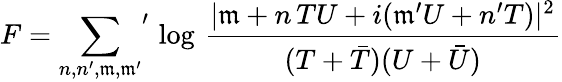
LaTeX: F={\sum_{n,n^{\prime},\mathfrak{m},\mathfrak{m}^{\prime}}}^{\prime}\, \log\, \frac{{|\mathfrak{m}+n\, TU+i(\mathfrak{m}^{\prime}U+n^{\prime}T)|^{2}}}{{(T+\bar{{T}})(U+\bar{{U}})}}